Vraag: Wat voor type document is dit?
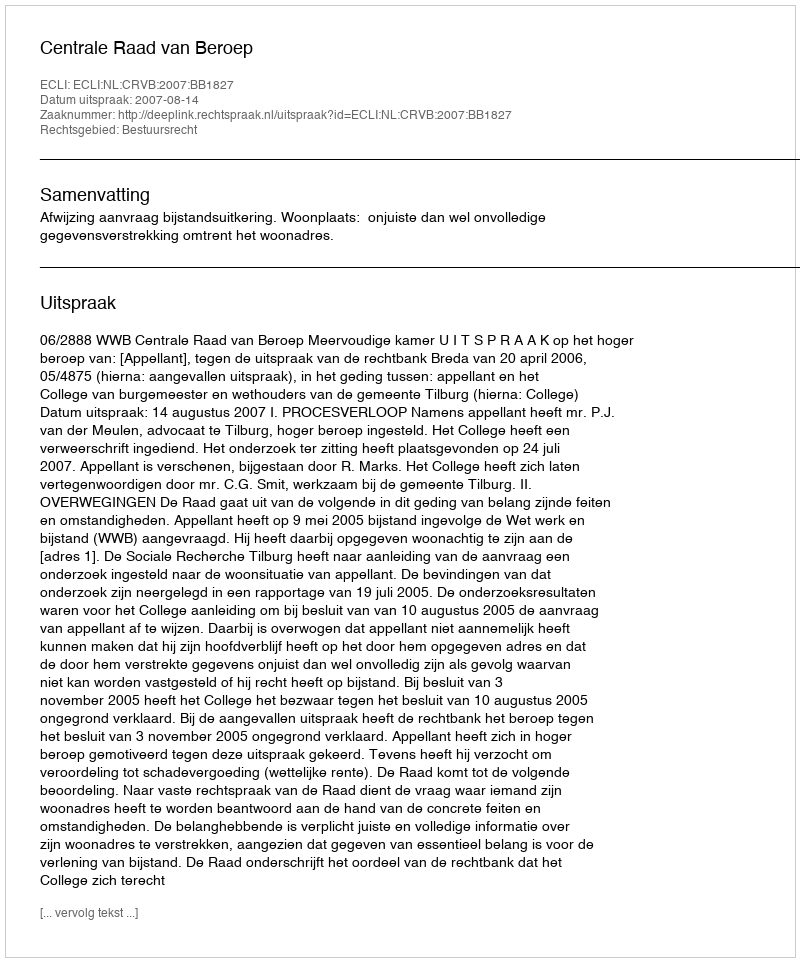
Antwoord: Uitspraak